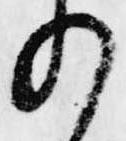
の